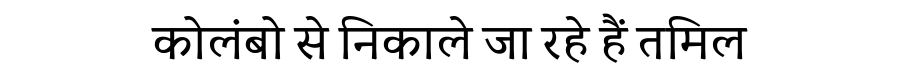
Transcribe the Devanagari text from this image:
कोलंबो से निकाले जा रहे हैं तमिल